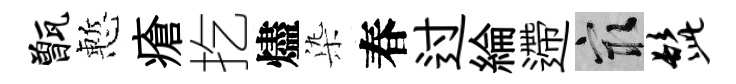
甑慙瘡扢燼𣑱春过綸遰冣髭